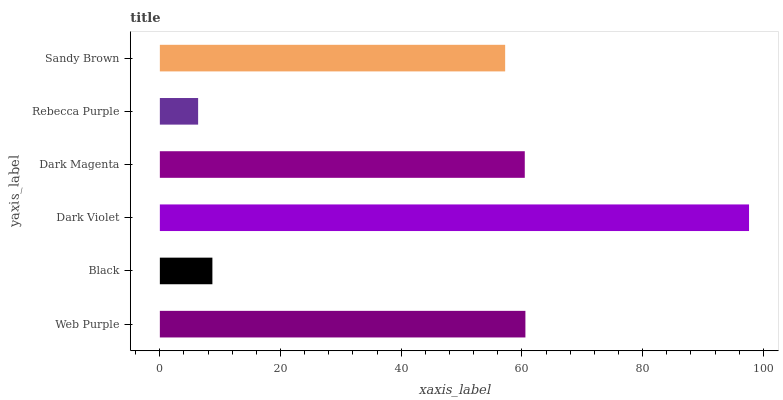
| yaxis_label | bars |
 | --- | --- |
 | Web Purple | 60.6 |
 | Black | 8.71 |
 | Dark Violet | 97.6 |
 | Dark Magenta | 60.5 |
 | Rebecca Purple | 6.34 |
 | Sandy Brown | 57.2 |